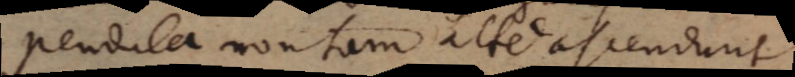
pendula non tam alte ascendunt